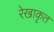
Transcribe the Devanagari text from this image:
रेखाकृत